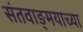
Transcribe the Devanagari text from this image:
संतवाङ्मयाच्या